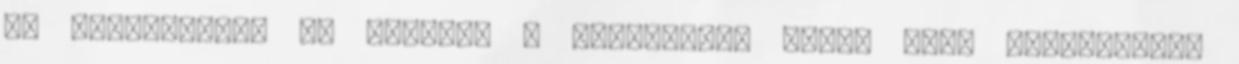
és elindultunk az öreggel a klánépület felé, hogy felcsapjunk